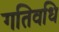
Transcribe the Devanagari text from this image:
गतिवधि